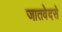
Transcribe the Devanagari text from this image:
जातवेदसे